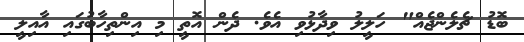
ބޮޑު ޗެލެންޖެއް" ހަލީލު ވިދާޅުވި އެވެ. ދެން އޮތީ މި އިންތިހާބުގައި އާއިލީ